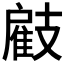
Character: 𢻠